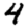
Digit: 4